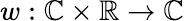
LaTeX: w:\mathbb{C}\times\mathbb{R}\rightarrow\mathbb{C}